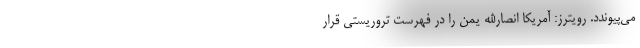
می‌پیوندد. رویترز: آمریکا انصارالله یمن را در فهرست تروریستی قرار